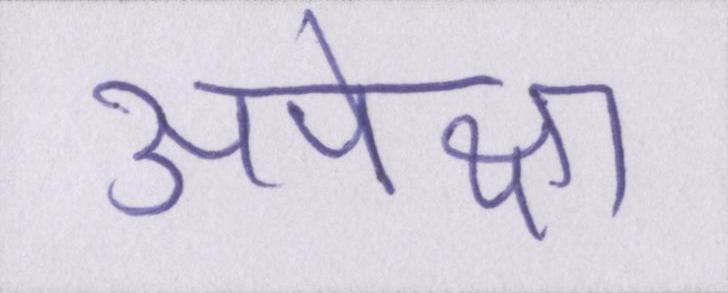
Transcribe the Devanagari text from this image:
अपेक्षा